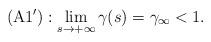
LaTeX: \begin{align*}\mathrm{(A1')}:\lim\limits_{s\rightarrow+\infty}\gamma(s)=\gamma_\infty<1.\end{align*}